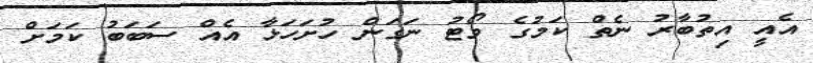
އެއީ އިތުބާރު ނެތް ކަމުގެ ވޯޓު ނަގަން ހުށަހަޅާ އެއް ސަބަބު ކަމަށް